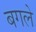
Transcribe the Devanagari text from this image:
बगले